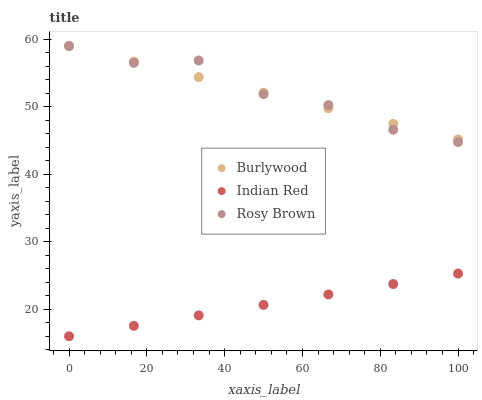
| xaxis_label | Burlywood | Indian Red | Rosy Brown |
 | --- | --- | --- | --- |
 | 0 | 59 | 16 | 59 |
 | 16.7 | 56.7 | 17.5 | 56.5 |
 | 33.3 | 54.4 | 19.1 | 56.9 |
 | 50 | 52.1 | 20.6 | 51.9 |
 | 66.7 | 49.8 | 22.2 | 50.2 |
 | 83.3 | 47.5 | 23.7 | 46.6 |
 | 100 | 45.2 | 25.3 | 44.8 |